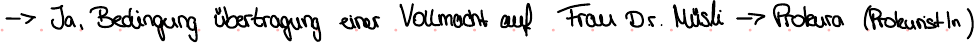
-> Ja, Bedingung übertragung einer Vollmacht auf Frau Dr. Müsli -> Prokure (Prokunist-In)